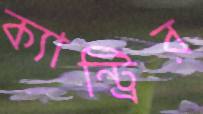
ক্যান্ট্রির